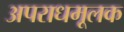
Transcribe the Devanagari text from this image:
अपराधमूलक